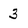
Character: 3